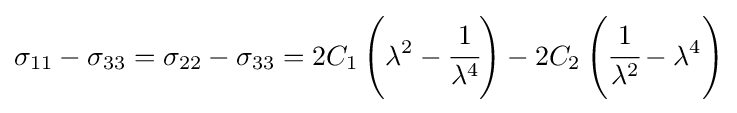
\sigma _{11}-\sigma _{33}=\sigma _{22}-\sigma _{33}=2C_{1}\left(\lambda ^{2}-{\cfrac {1}{\lambda ^{4}}}\right)-2C_{2}\left({\cfrac {1}{\lambda ^{2}}}-\lambda ^{4}\right)